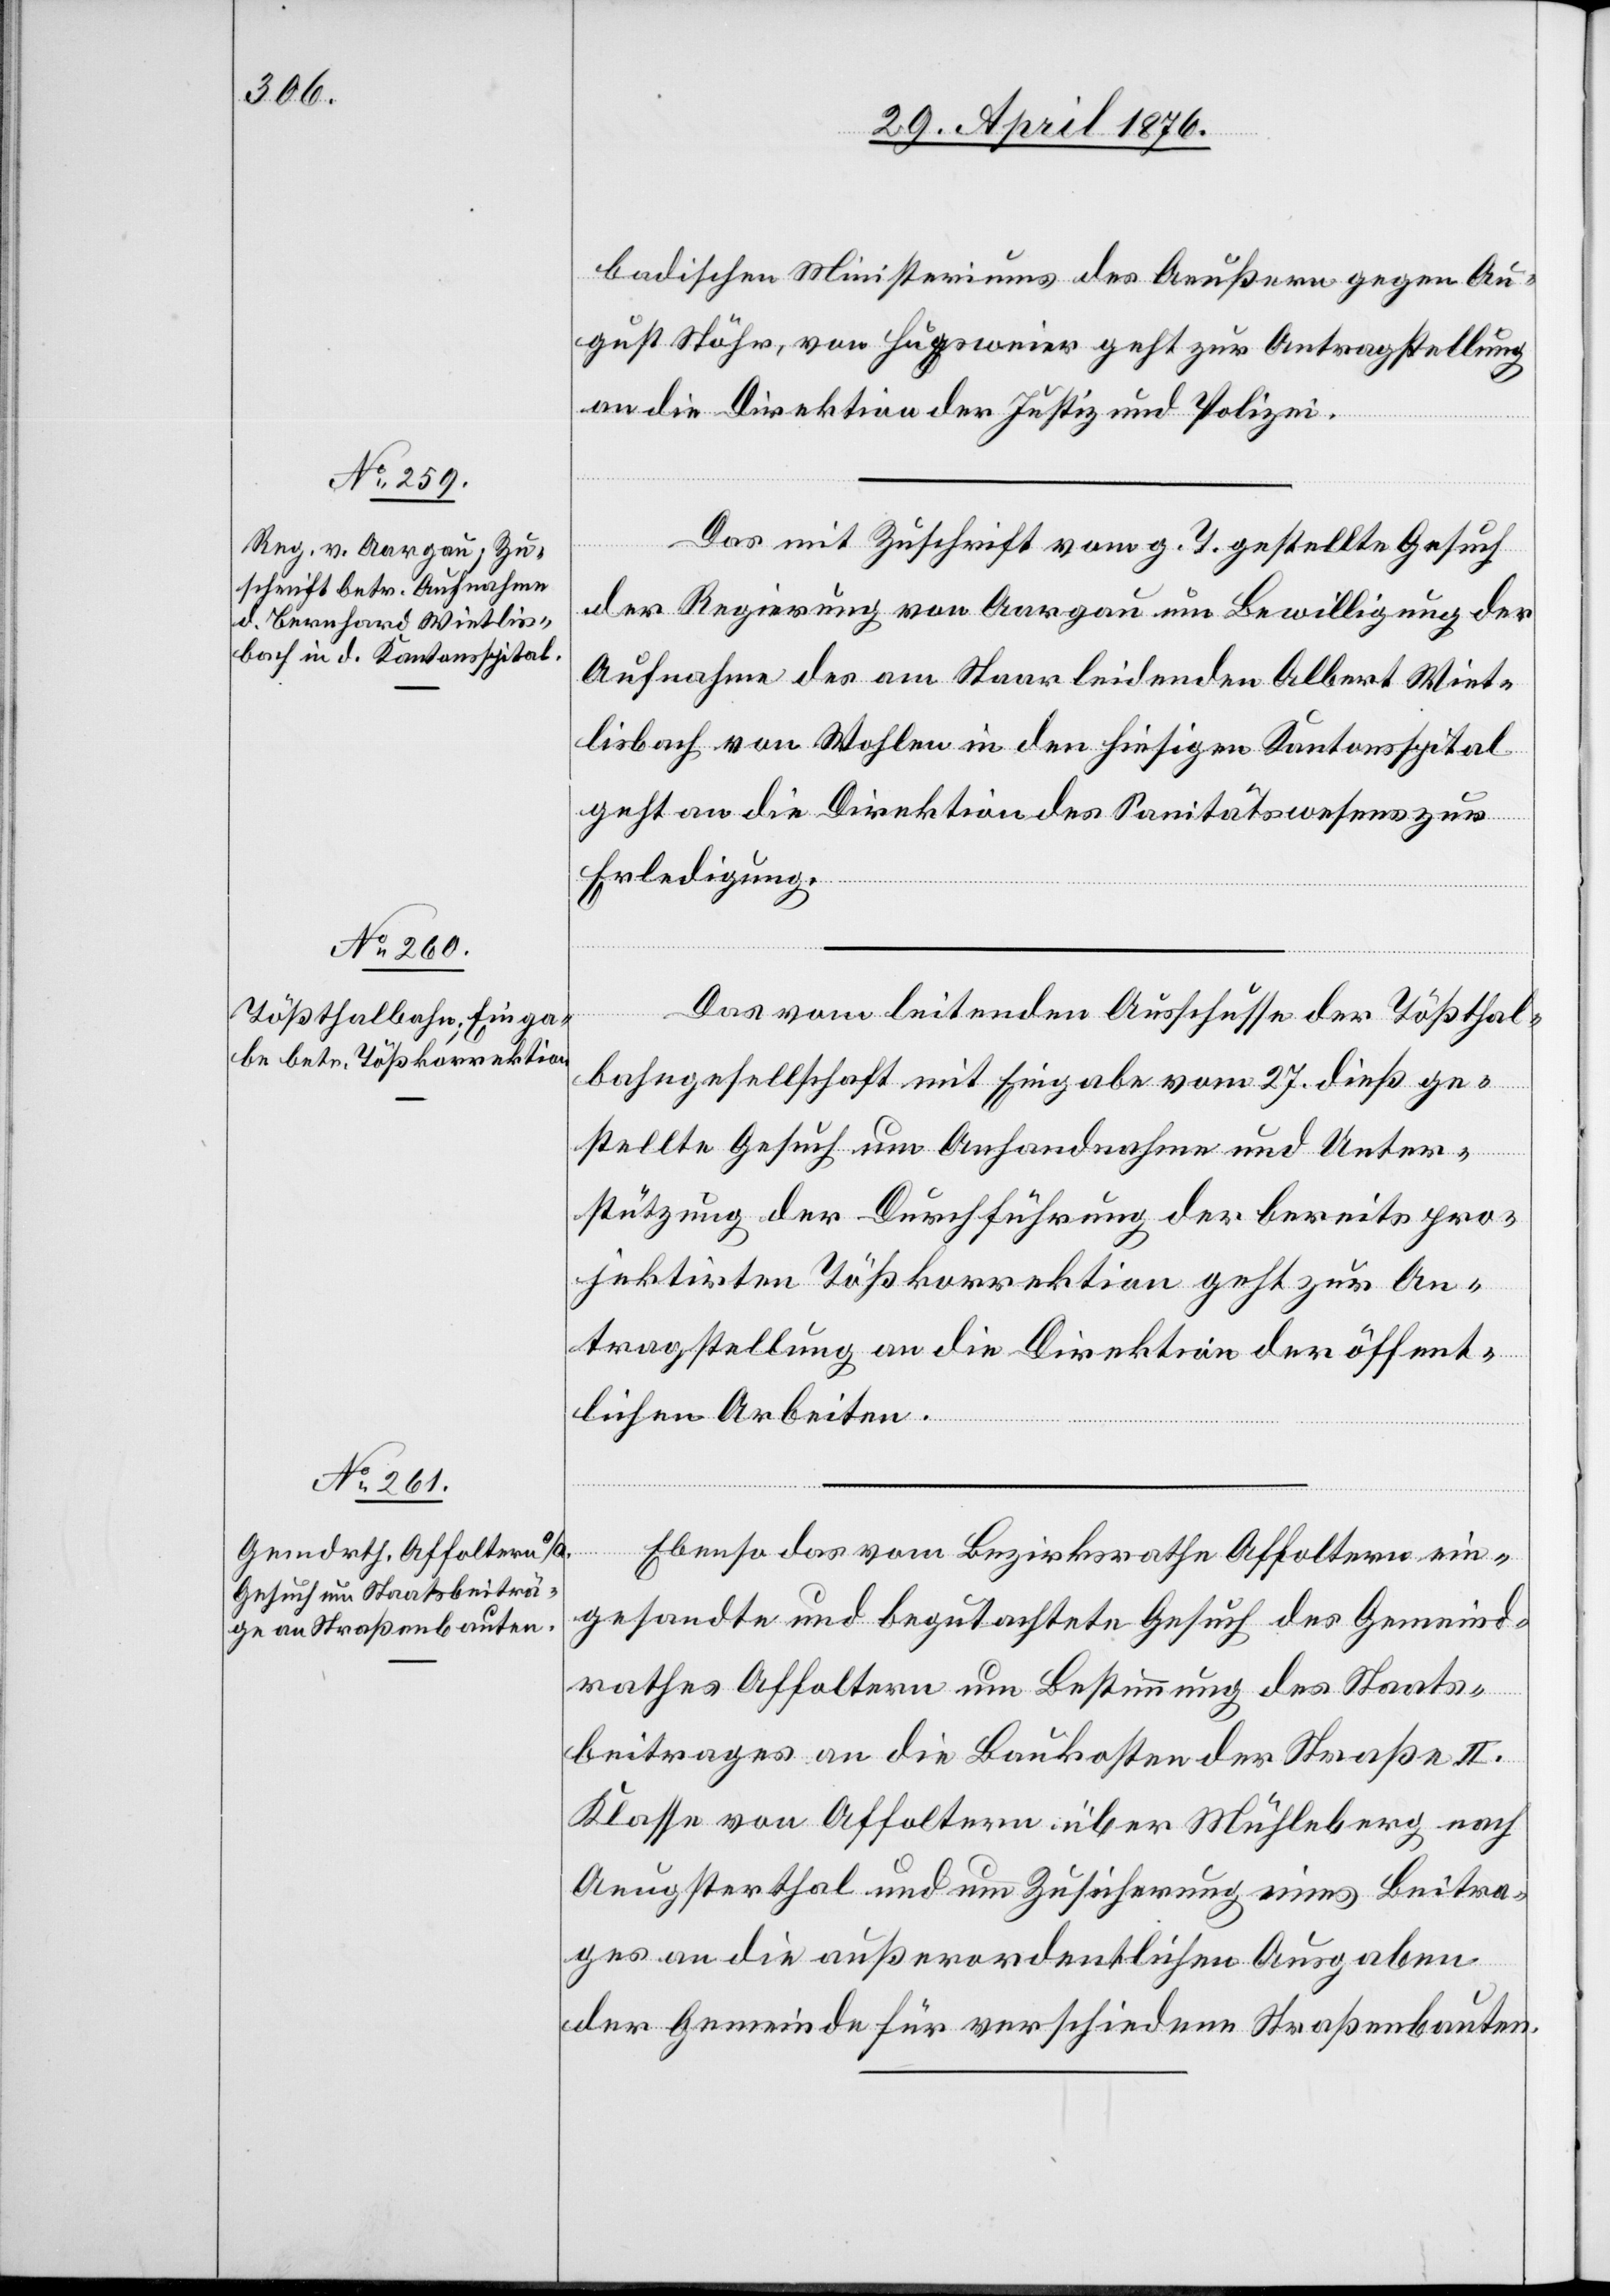
29. April 1876.]
badischen Ministeriums des Aeußern gegen Au¬
gust Stöhr, von Hugsweier geht zur Antragstellung
an die Direktion der Justiz und Polizei.
Das mit Zuschrift vom g. T. gestellte Gesuch
der Regierung von Aargau um Bewilligung der
Aufnahme des am Staar leidenden Albert Wiet¬
lisbach von Wohlen in den hiesigen Kantonsspital
geht an die Direktion des Sanitätswesens zur
Erledigung.
Das vom leitenden Ausschusse der Tößthal¬
bahngesellschaft mit Eingabe vom 27. dieß ge¬
stellte Gesuch um Anhandnahme und Unter¬
stützung der Durchführung der bereits pro¬
jektirten Tößkorrektion geht zur An¬
tragstellung an die Direktion der öffent¬
lichen Arbeiten.
Ebenso das vom Bezirksrath Affoltern ein¬
gesandte und begutachtete Gesuch des Gemeind¬
rathes Affoltern um Bestimmung des Staats¬
beitrages an die Baukosten der Straße II.
Klasse von Affoltern über Mühleberg nach
Aeugsterthal und um Zusicherung eines Beitra¬
ges an die außerordentlichen Ausgaben
der Gemeinde für verschiedene Straßenbauten.